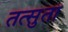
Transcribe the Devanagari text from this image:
तत्सुता